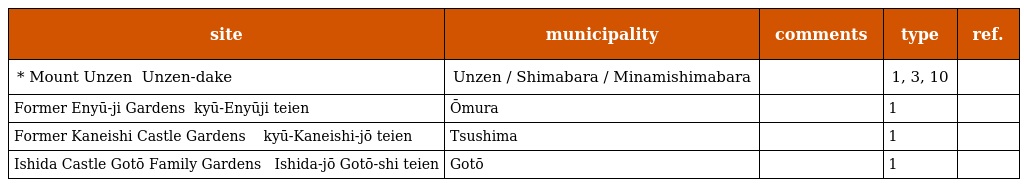
| site | municipality | comments | type | ref. |
 | --- | --- | --- | --- | --- |
 | * Mount Unzen 温泉岳 Unzen-dake | Unzen / Shimabara / Minamishimabara |  | 1, 3, 10 |  |
 | Former Enyū-ji Gardens 旧円融寺庭園 kyū-Enyūji teien | Ōmura |  | 1 |  |
 | Former Kaneishi Castle Gardens 旧 金石城 庭園 kyū-Kaneishi-jō teien | Tsushima |  | 1 |  |
 | Ishida Castle Gotō Family Gardens 石田城 五島氏庭園 Ishida-jō Gotō-shi teien | Gotō |  | 1 |  |